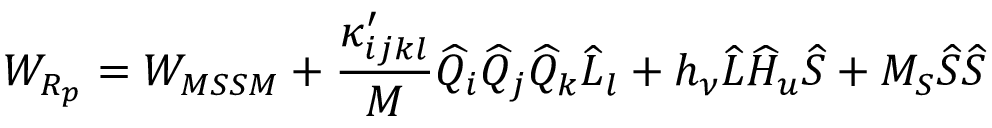
W _ { R _ { p } } = W _ { M S S M } + \frac { \kappa _ { i j k l } ^ { \prime } } { M } \widehat { Q } _ { i } \widehat { Q } _ { j } \widehat { Q } _ { k } \widehat { L } _ { l } + h _ { \nu } \widehat { L } \widehat { H } _ { u } \widehat { S } + M _ { S } \widehat { S } \widehat { S }